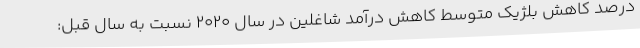
درصد کاهش بلژیک متوسط کاهش درآمد شاغلین در سال 2020 نسبت به سال قبل: